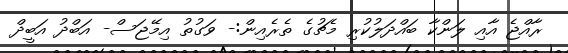
ރާއްޖެ އާއި ލަންކާ ބައްދަލުުކުރި މެޗުގެ ތެރެއިން:- ވަގުތު އިމޭޖަސް- އަބްދު އަބީދް